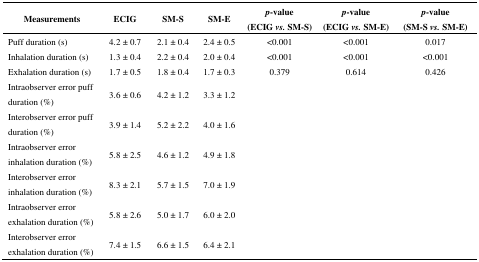
| Measurements | ECIG | SM-S | SM-E | p-value (ECIG vs. SM-S) | p-value (ECIG vs. SM-E) | p-value (SM-S vs. SM-E) |
 | --- | --- | --- | --- | --- | --- | --- |
 | Puff duration (s) | 4.2 ± 0.7 | 2.1 ± 0.4 | 2.4 ± 0.5 | <0.001 | <0.001 | 0.017 |
 | Inhalation duration (s) | 1.3 ± 0.4 | 2.2 ± 0.4 | 2.0 ± 0.4 | <0.001 | <0.001 | <0.001 |
 | Exhalation duration (s) | 1.7 ± 0.5 | 1.8 ± 0.4 | 1.7 ± 0.3 | 0.379 | 0.614 | 0.426 |
 | Intraobserver error puff duration (%) | 3.6 ± 0.6 | 4.2 ± 1.2 | 3.3 ± 1.2 |  |  |  |
 | Interobserver error puff duration (%) | 3.9 ± 1.4 | 5.2 ± 2.2 | 4.0 ± 1.6 |  |  |  |
 | Intraobserver error inhalation duration (%) | 5.8 ± 2.5 | 4.6 ± 1.2 | 4.9 ± 1.8 |  |  |  |
 | Interobserver error inhalation duration (%) | 8.3 ± 2.1 | 5.7 ± 1.5 | 7.0 ± 1.9 |  |  |  |
 | Intraobserver error exhalation duration (%) | 5.8 ± 2.6 | 5.0 ± 1.7 | 6.0 ± 2.0 |  |  |  |
 | Interobserver error exhalation duration (%) | 7.4 ± 1.5 | 6.6 ± 1.5 | 6.4 ± 2.1 |  |  |  |